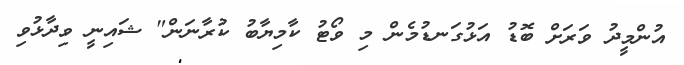
އުންމީދު ވަރަށް ބޮޑު އަޅުގަނޑުމެން މި ވޯޓު ކާމިޔާބު ކުރާނަން" ޝައިނީ ވިދާޅުވި